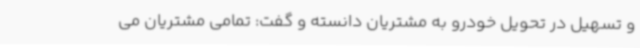
و تسهیل در تحویل خودرو به مشتریان دانسته و گفت: تمامی مشتریان می‌